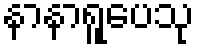
နာနာရူပေသု